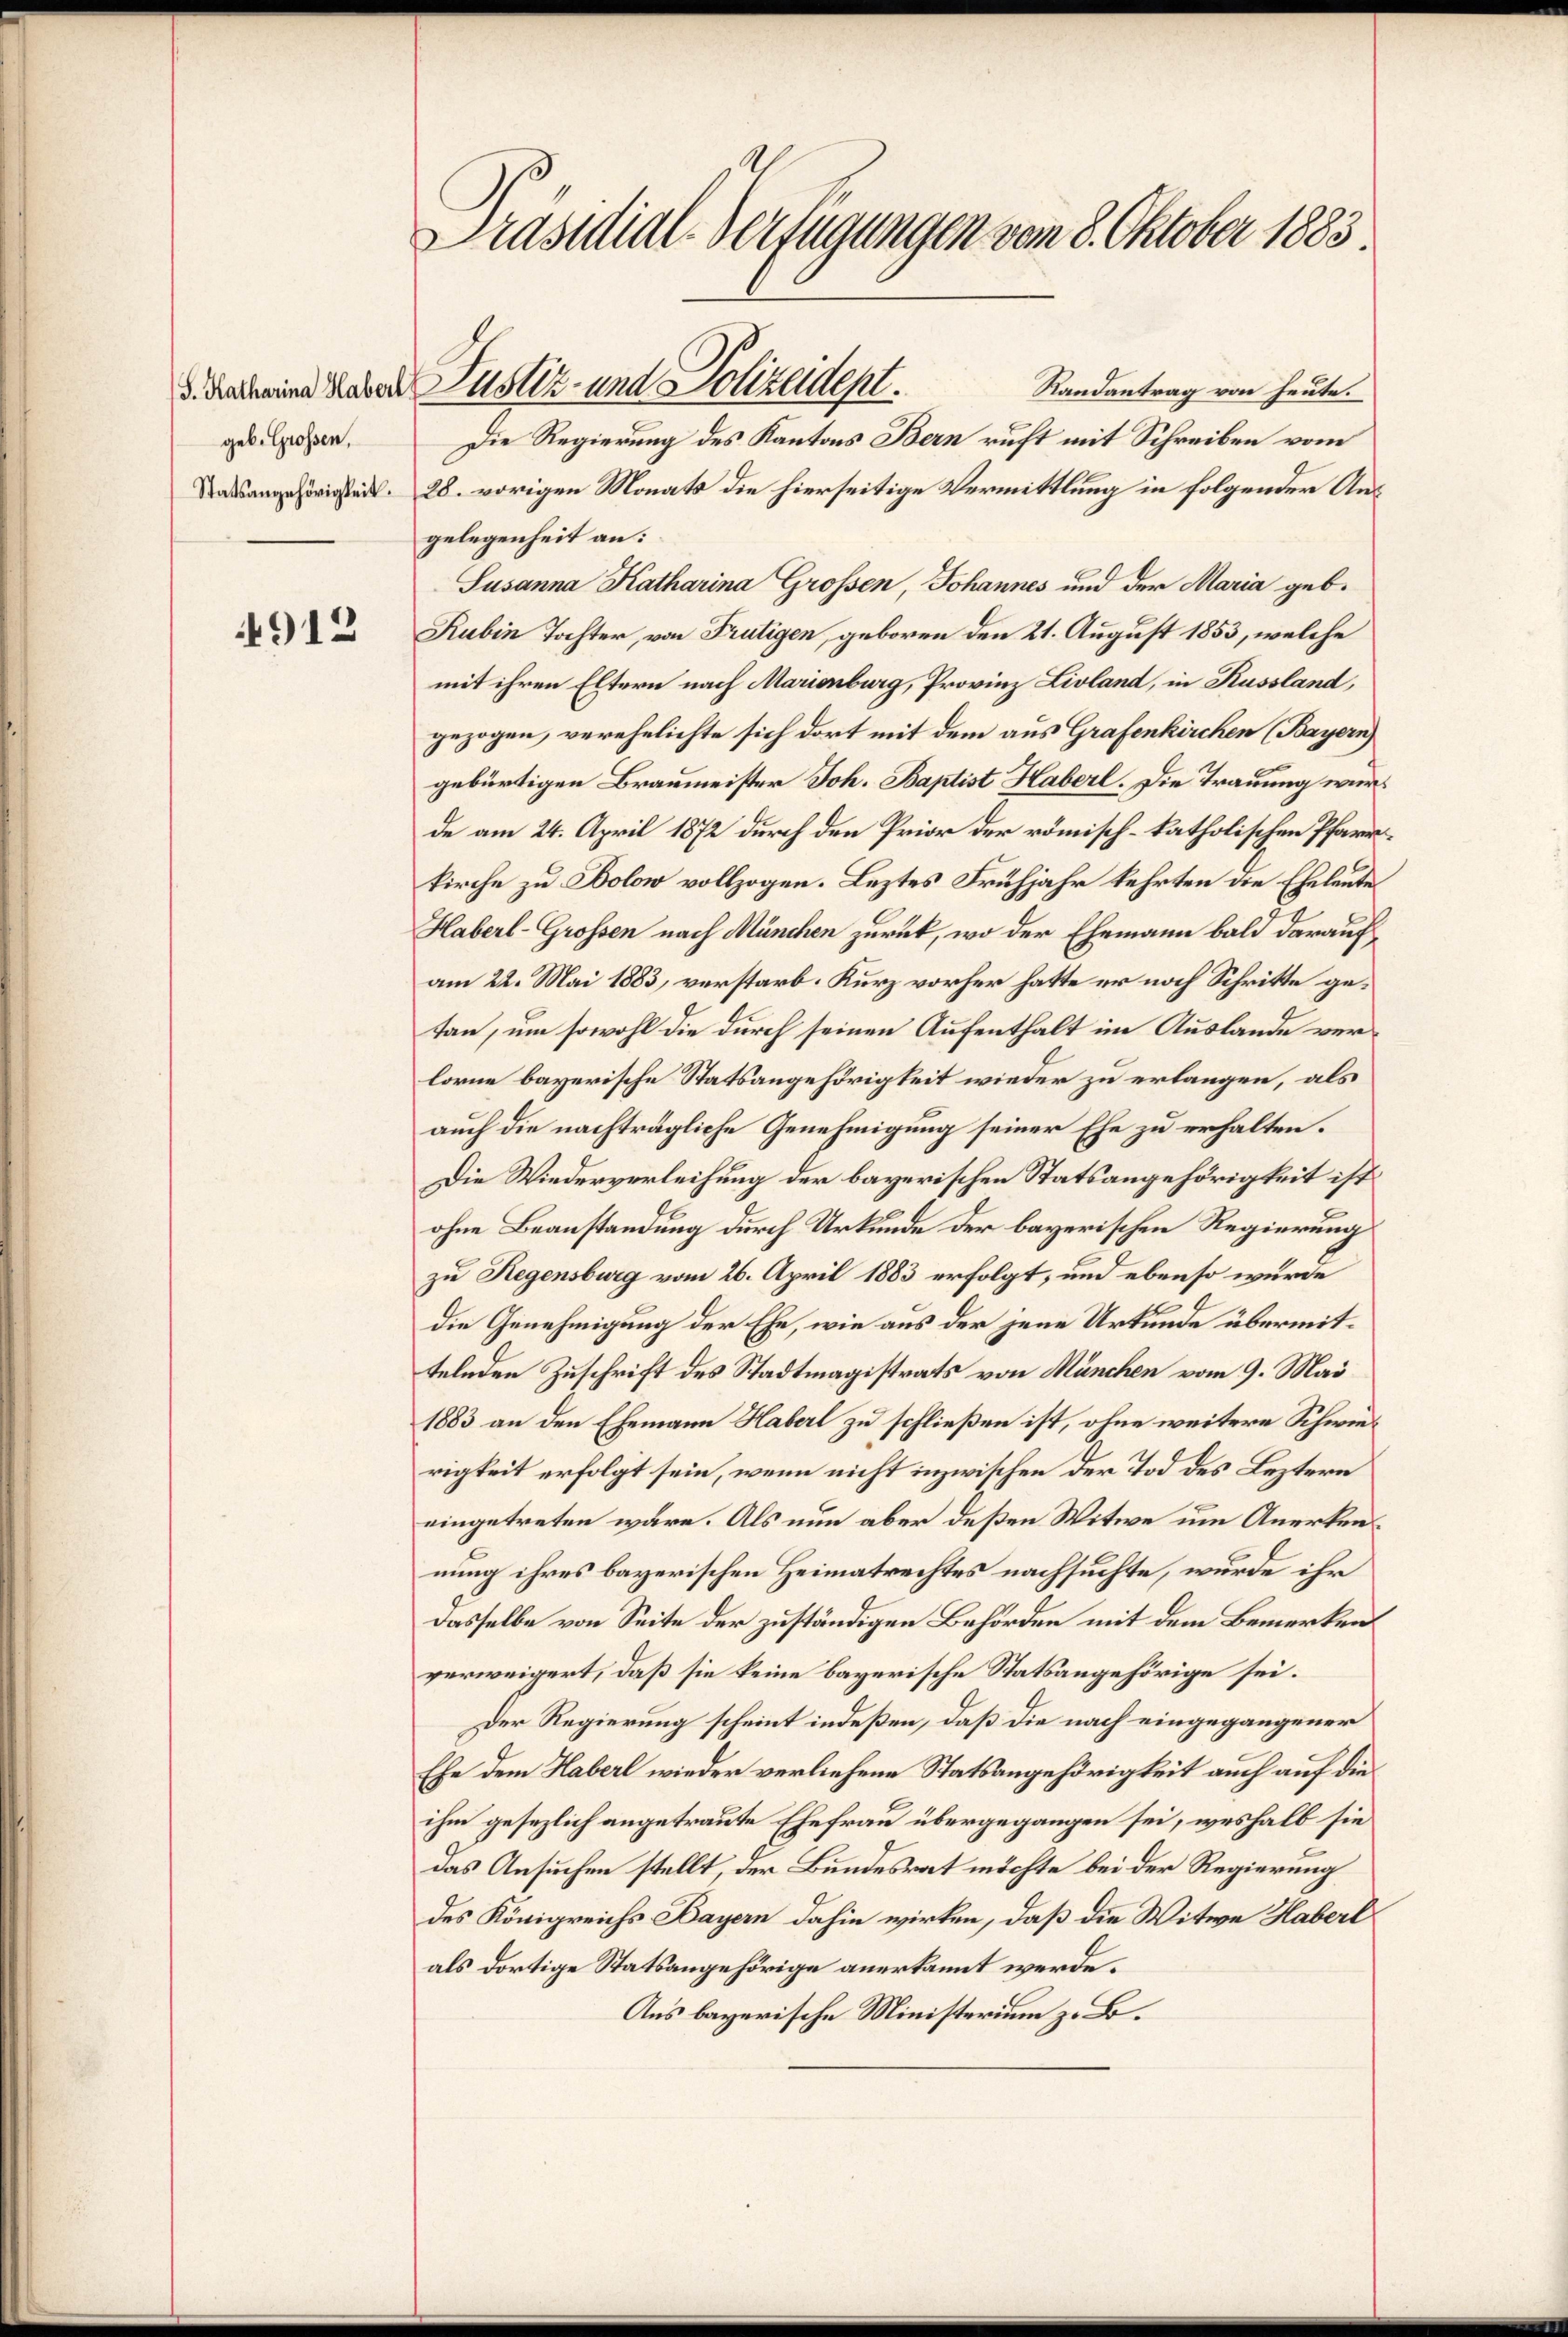
(S. Katharina Haberl
geb. Grossen,

4912

Präsidial-Verfügungen vom 8. Oktober 1883

Justiz- und Polizeident.
Randantrag von heute.
Die Regierung des Kantons Bern ruft mit Schreiben vom
örigkeit. 28. vorigen Monats die hierseitige Vermittlung in folgender Angelegenheit an:
Susanna Katharina Grossen, Johannes und der Maria geb.
Rubin Tochter, von Frutigen, geboren den 21. August 1853, welche
mit ihren Eltern nach Marienburg, Provinz Livland, in Russland,
gezogen, verehelichte sich dort mit dem aus Grafenkirchen (Bayern)
gebürtigen Braumeister Joh. Baptist Haberl. Die Trauung wurde am 24. April 1872 durch den Prior der römisch-katholischen Pfarrkirche zu Bolow vollzogen. Leztes Frühjahr kehrten die Eheleute
Haberl-Grossen nach München zurück, wo der Ehemann bald darauf
am 22. Mai 1883, verstarb. Kurz vorher hatte er noch Schritte getan, um sowohl die durch seinen Aufenthalt im Auslande verlorne bayerische Statsangehörigkeit wieder zu erlangen, als
auch die nachträgliche Genehmigung seiner Ehe zu erhalten.
Die Wiederverleihung der bayerischen Statsangehörigkeit ist
ohne Beanstandung durch Urkunde der bayerischen Regierung
zu Regensburg vom 26. April 1883 erfolgt, und ebenso würde
die Genehmigung der Ehe, wie aus der jene Urkunde übermittelnden Zuschrift des Stadtmagistrats von München vom 9. Mai
1883 an den Ehemann Haberl zu schließen ist, ohne weitere Schwierigkeit erfolgt sein, wenn nicht inzwischen der Tod des Leztern
eingetreten wäre. Als nun aber deßen Witwe um Anerkennung ihres bayerischen Heimatrechtes nachsuchte, wurde ihr
dasselbe von Seite der zuständigen Behörden mit dem Bemerken
verweigert, daß sie keine bayerische Statsangehörige sei.
Der Regierung scheint indeßen, daß die nach eingegangener
Ehe dem Haberl wieder verliehene Statsangehörigkeit auch auf dieihm gesezlich angetraute Ehefrau übergegangen sei, weshalb sie
das Ansuchen stellt, der Bundesrat möchte bei der Regierung
des Königreichs Aayern dahin wirken, daß die Witwe Haberl
als dortige Statsangehörige anerkannt werde.
Aus bayerische Ministerium z. Bo¬